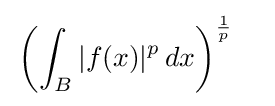
{\begin{aligned}&\left(\int _{B}|f(x)|^{p}\,dx\right)^{\frac {1}{p}}\end{aligned}}